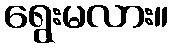
ရွေးမလား။